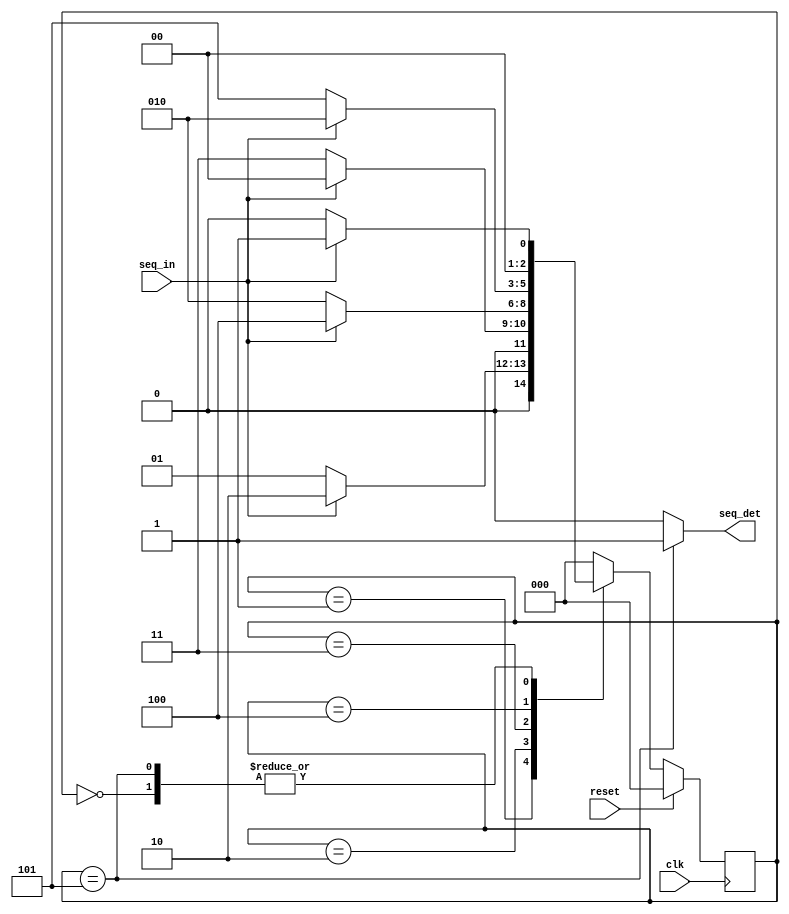
`timescale 1ns / 1ps
//11010
module seqDetect(
    input seq_in,
    input clk,reset,
    output reg seq_det
    );
     wire max_tick;   
  
    parameter S0 = 3'b000, S1 = 3'b001,  
    S2 = 3'b010, S3 = 3'b011,
    S4 = 3'b100, S5 = 3'b101; 
    
    reg [2:0] curr, next; 
    
    always @(posedge clk)
    begin 
        if(reset)
            curr <= S0;
        else 
            curr <= next;  
    end
    
    always @(curr, seq_in)
    begin 
        case(curr)
        S0:
        begin 
            if(seq_in == 1)
                next <= S1; 
            else 
                next <= S0; 
        end
        S1: 
        begin 
            if(seq_in == 1)
                next <= S2;
            else
                next <= S1;
        end
        S2: 
        begin
            if(seq_in == 0)
                next <= S3;
            else
                next <= S0;
         end
         S3: 
        begin
            if(seq_in == 1)
                next <= S4;
            else
                next <= S2;
        end
        S4: 
        begin
            if(seq_in == 0)
                next <= S5;
            else
                next <= S2;
        end
        S5: 
        begin 
            if(seq_in == 1)
                next <= S1;
            else 
                next <= S0;
        end
        default: next <= S0; 
        endcase 
    end

    always @(curr)
    begin 
    seq_det <=0; 
    case(curr)
    S0: seq_det <= 0;
    S1: seq_det <= 0;
    S2: seq_det <= 0;
    S3: seq_det <= 0;
    S4: seq_det <= 0;
    S5: seq_det <= 1; 
    default: seq_det <= 0;
    endcase
    end                                            
                              
endmodule